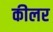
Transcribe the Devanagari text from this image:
कीलर